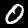
Label: 0